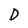
Character: D